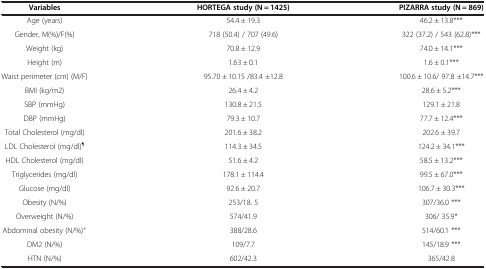
| Variables | HORTEGA study (N = 1425) | PIZARRA study (N = 869) |
 | --- | --- | --- |
 | Age (years) | 54.4 ± 19.3 | 46.2 ± 13.8*** |
 | Gender, M(%)/F(%) | 718 (50.4) / 707 (49.6) | 322 (37.2) / 543 (62.8)*** |
 | Weight (kg) | 70.8 ± 12.9 | 74.0 ± 14.1*** |
 | Height (m) | 1.63 ± 0.1 | 1.6 ± 0.1*** |
 | Waist perimeter (cm) (M/F) | 95.70 ± 10.15 /83.4 ±12.8 | 100.6 ± 10.6/ 97.8 ±14.7*** |
 | BMI (kg/m2) | 26.4 ± 4.2 | 28.6 ± 5.2*** |
 | SBP (mmHg) | 130.8 ± 21.5 | 129.1 ± 21.8 |
 | DBP (mmHg) | 79.3 ± 10.7 | 77.7 ± 12.4*** |
 | Total Cholesterol (mg/dl) | 201.6 ± 38.2 | 202.6 ± 39.7 |
 | LDL Cholesterol (mg/dl)¶ | 114.3 ± 34.5 | 124.2 ± 34.1*** |
 | HDL Cholesterol (mg/dl) | 51.6 ± 4.2 | 58.5 ± 13.2*** |
 | Triglycerides (mg/dl) | 178.1 ± 114.4 | 99.5 ± 67.0*** |
 | Glucose (mg/dl) | 92.6 ± 20.7 | 106.7 ± 30.3*** |
 | Obesity (N/%) | 253/18. 5 | 307/36.0 *** |
 | Overweight (N/%) | 574/41.9 | 306/ 35.9* |
 | Abdominal obesity (N/%)+ | 388/28.6 | 514/60.1 *** |
 | DM2 (N/%) | 109/7.7 | 145/18.9 *** |
 | HTN (N/%) | 602/42.3 | 365/42.8 |